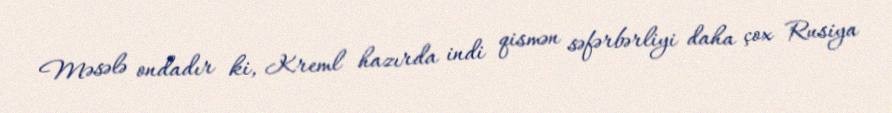
Məsələ ondadır ki, Kreml hazırda indi qismən səfərbərliyi daha çox Rusiya